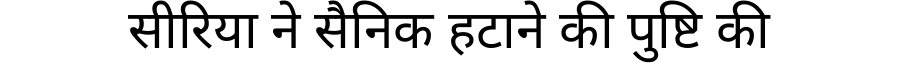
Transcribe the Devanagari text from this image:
सीरिया ने सैनिक हटाने की पुष्टि की